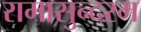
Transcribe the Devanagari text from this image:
रामासुन्दरम